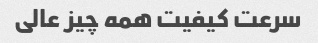
سرعت کیفیت همه چیز عالی